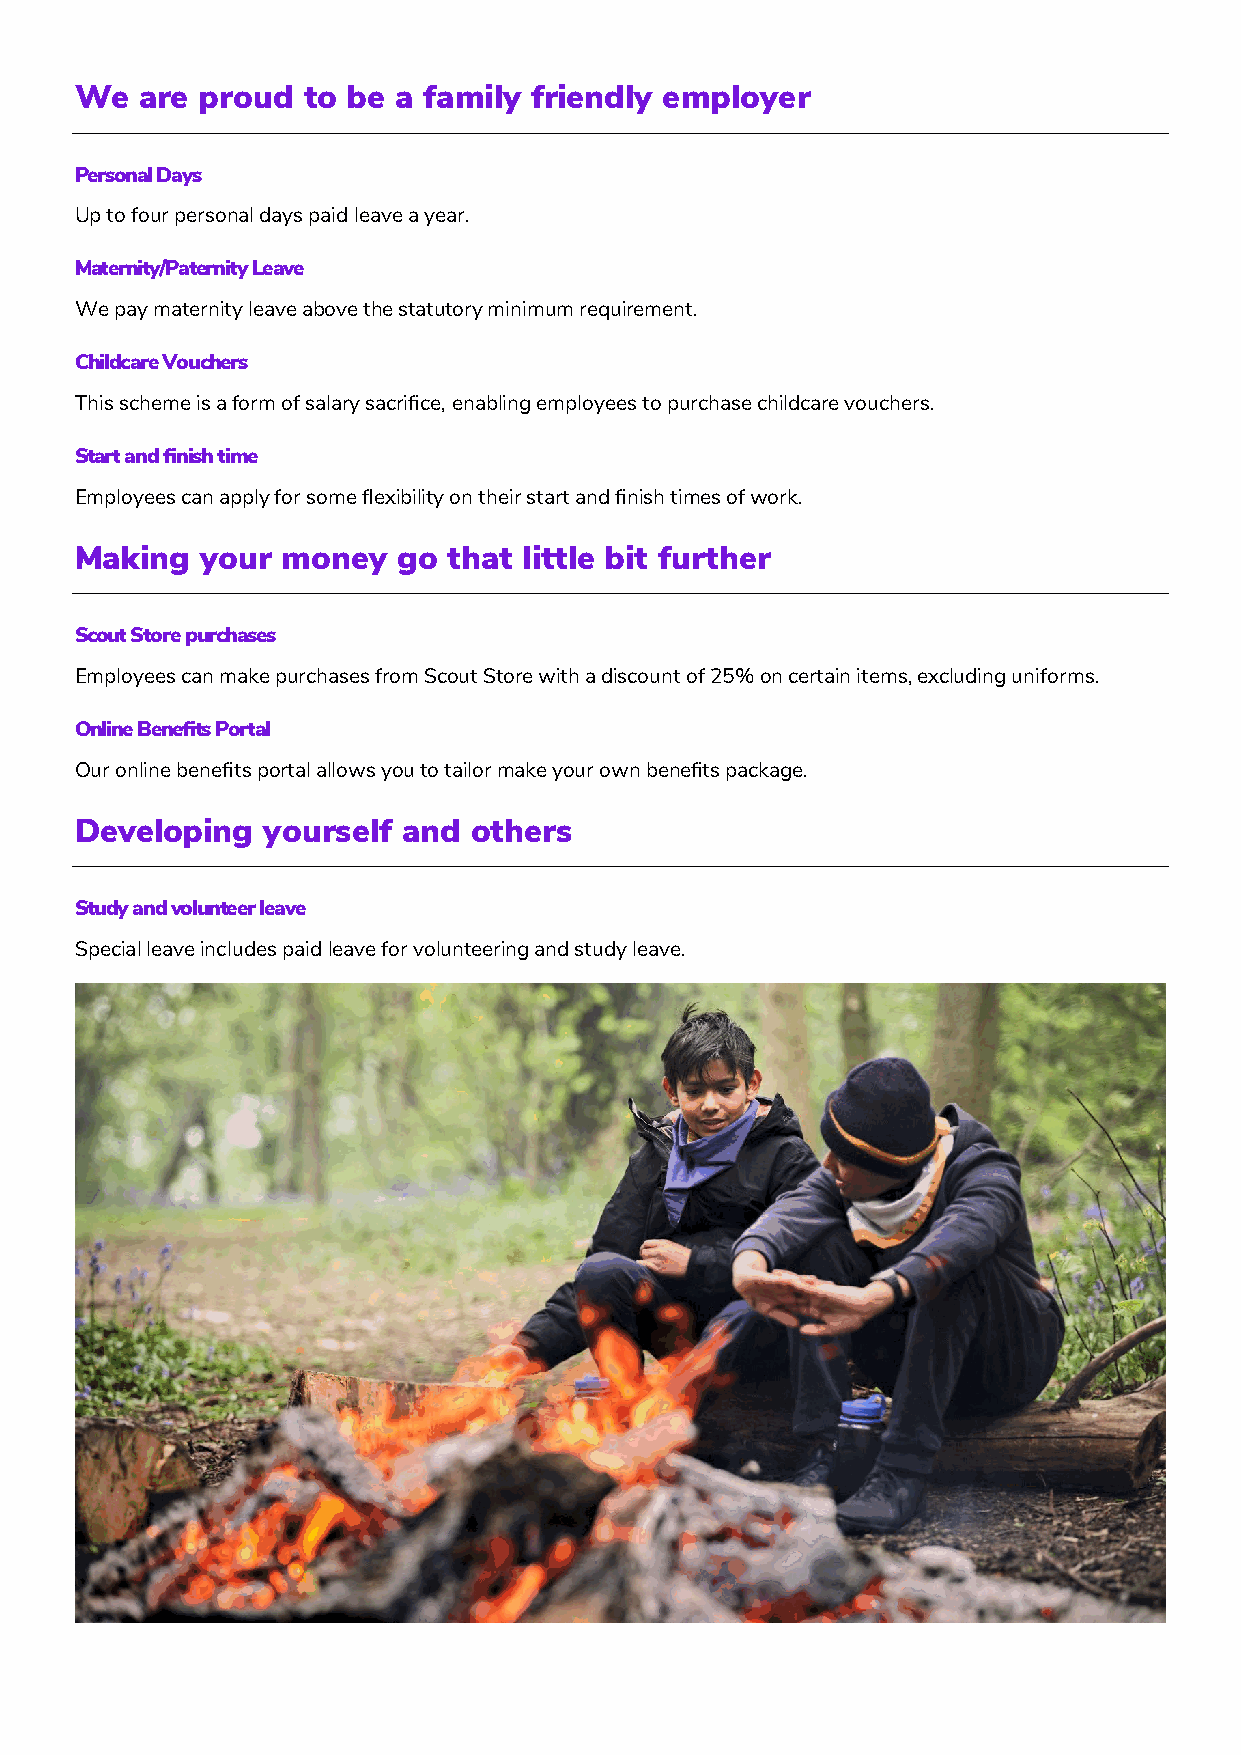
We  are proud  to be a family friendly employer
 Personal Days
 Up to four personal days paid leave a year.
 Maternity/Paternity Leave
 We pay maternity leave above the statutory minimum requirement.
 Childcare Vouchers
 This scheme is a form of salary sacrifice, enabling employees to purchase childcare vouchers.
 Start and finish time
 Employees can apply for some flexibility on their start and finish times of work.
 Making  your  money  go  that little bit further
 Scout Store purchases
 Employees can make purchases from Scout Store with a discount of 25% on certain items, excluding uniforms.
 Online Benefits Portal
 Our online benefits portal allows you to tailor make your own benefits package.
 Developing  yourself  and others
 Study and volunteer leave
 Special leave includes paid leave for volunteering and study leave.